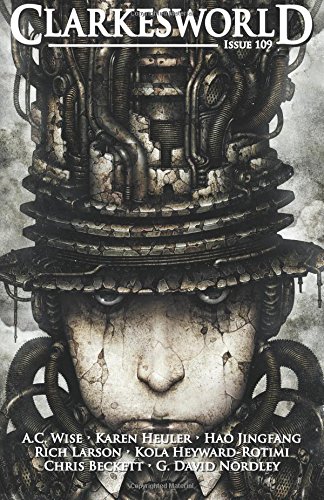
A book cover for Clarkesworld Issue 109; Neil Clarke; Science Fiction & Fantasy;